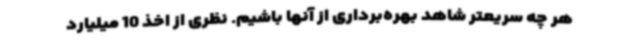
هر چه سریعتر شاهد بهره‌برداری از آنها باشیم. نظری از اخذ 10 میلیارد